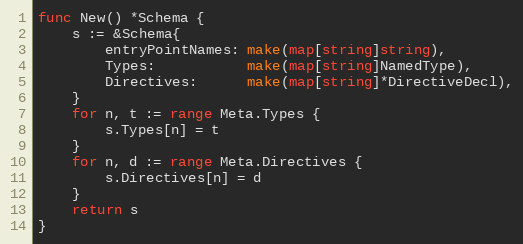
Language: Go
func New() *Schema {
	s := &Schema{
		entryPointNames: make(map[string]string),
		Types:           make(map[string]NamedType),
		Directives:      make(map[string]*DirectiveDecl),
	}
	for n, t := range Meta.Types {
		s.Types[n] = t
	}
	for n, d := range Meta.Directives {
		s.Directives[n] = d
	}
	return s
}